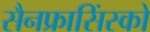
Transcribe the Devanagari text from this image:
सैनफ्रासिंस्को